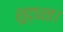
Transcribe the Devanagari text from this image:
शुद्धता।